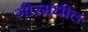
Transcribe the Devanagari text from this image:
गीरमधील